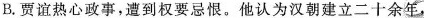
B.贾谊热心政事,遭到权要忌慨。他认为汉朝建立二十余年，